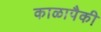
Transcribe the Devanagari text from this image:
काळापैकी